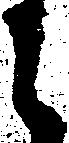
に